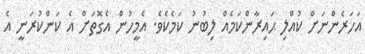
އަހަރެންނަށް ކުއްލި ޙައިރާންކަމެއް ލިބުނު ކަމެކެވެ. އެމީހުން އެގޮތަށް އެ ކަންކުރަނީ އެ